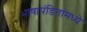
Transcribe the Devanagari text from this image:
भाषापंडितांमध्ये